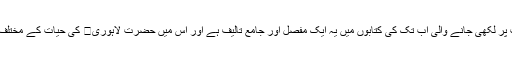
حضرت لاہوری رحمة الله علیہ کی حیا ت و خدمات پر لکھی جانے والی اب تک کی کتابوں میں یہ ایک مفصل اور جامع تالیف ہے اور اس میں حضرت لاہوری کی حیات کے مختلف گوشوں پر بسط وتفصیل سے روشنی ڈالی گئی ہے۔